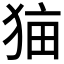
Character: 𰡑